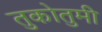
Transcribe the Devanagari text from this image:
तुकोतुमी